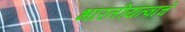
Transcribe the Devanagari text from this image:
भारतीयत्वाचे